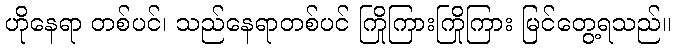
ဟိုနေရာ တစ်ပင်၊ သည်နေရာတစ်ပင် ကြိုကြားကြိုကြား မြင်တွေ့ရသည်။